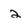
Character: 2